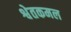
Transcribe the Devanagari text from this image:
श्वेतकमल